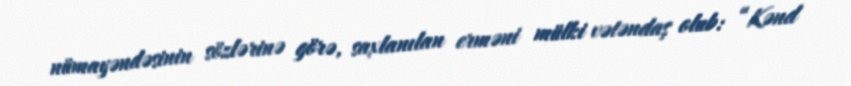
nümayəndəsinin sözlərinə görə, saxlanılan erməni mülki vətəndaş olub: “Kənd